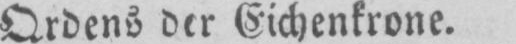
Ordens der Eichenkrone.